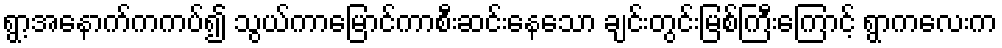
ရွာ့အနောက်ကကပ်၍ သွယ်ကာမြောင်ကာစီးဆင်းနေသော ချင်းတွင်းမြစ်ကြီးကြောင့် ရွာကလေးက